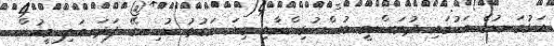
އަޅުގަނޑުގެ ބަހުގައި ދުވަސްވީ މުސްކުޅިންނާއި ގިނަ ވަގުތު ނުހިނގޭ ފަދަ ބަލި މީހުން